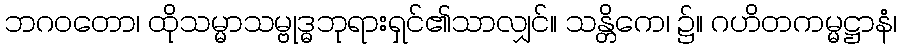
ဘဂဝတော၊ ထိုသမ္မာသမ္ဗုဒ္ဓဘုရားရှင်၏သာလျှင်။ သန္တိကေ၊ ၌။ ဂဟိတကမ္မဋ္ဌာနံ၊